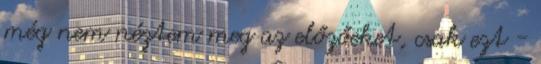
még nem néztem meg az előzőeket, csak ezt -